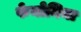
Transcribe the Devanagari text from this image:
फेनोमिना